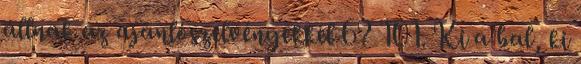
állnak az ajánlószelvényekkel 6? 101. Ki a bal, ki